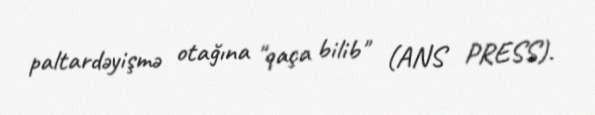
paltardəyişmə otağına "qaça bilib" (ANS PRESS).